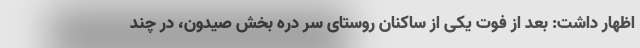
اظهار داشت: بعد از فوت یکی از ساکنان روستای سر دره بخش صیدون، در چند